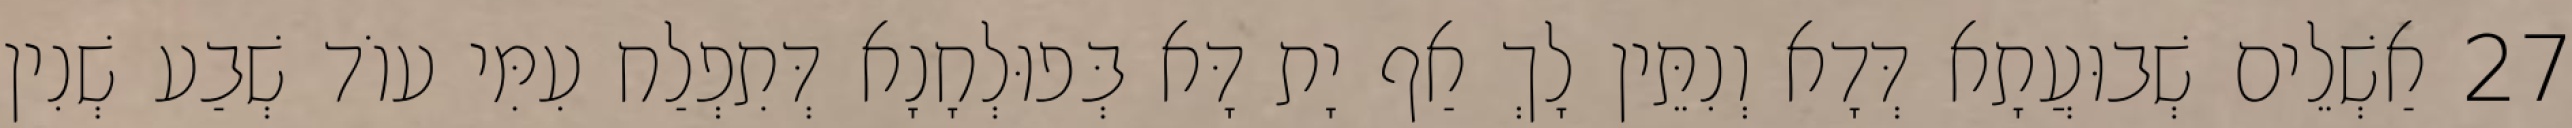
27 אַשְׁלֵים שְׁבוּעֲתָא דְּדָא וְנִתֵּין לָךְ אַף יָת דָּא בְּפוּלְחָנָא דְּתִפְלַח עִמִּי עוֹד שְׁבַע שְׁנִין